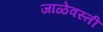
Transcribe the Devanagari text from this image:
जाळेवस्ती